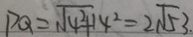
P Q = \sqrt { 4 ^ { 2 } + 1 4 ^ { 2 } } = 2 \sqrt { 5 3 } .